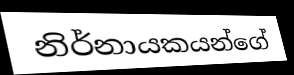
නිර්නායකයන්ගේ